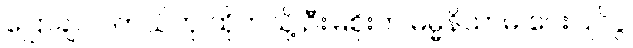
ပြောချင်ပါတယ်ဟု ထိုကဲသို့ ဦးမြစိုးက ဓမ္မနိယာမ ပေးပြိုင်ပွဲ